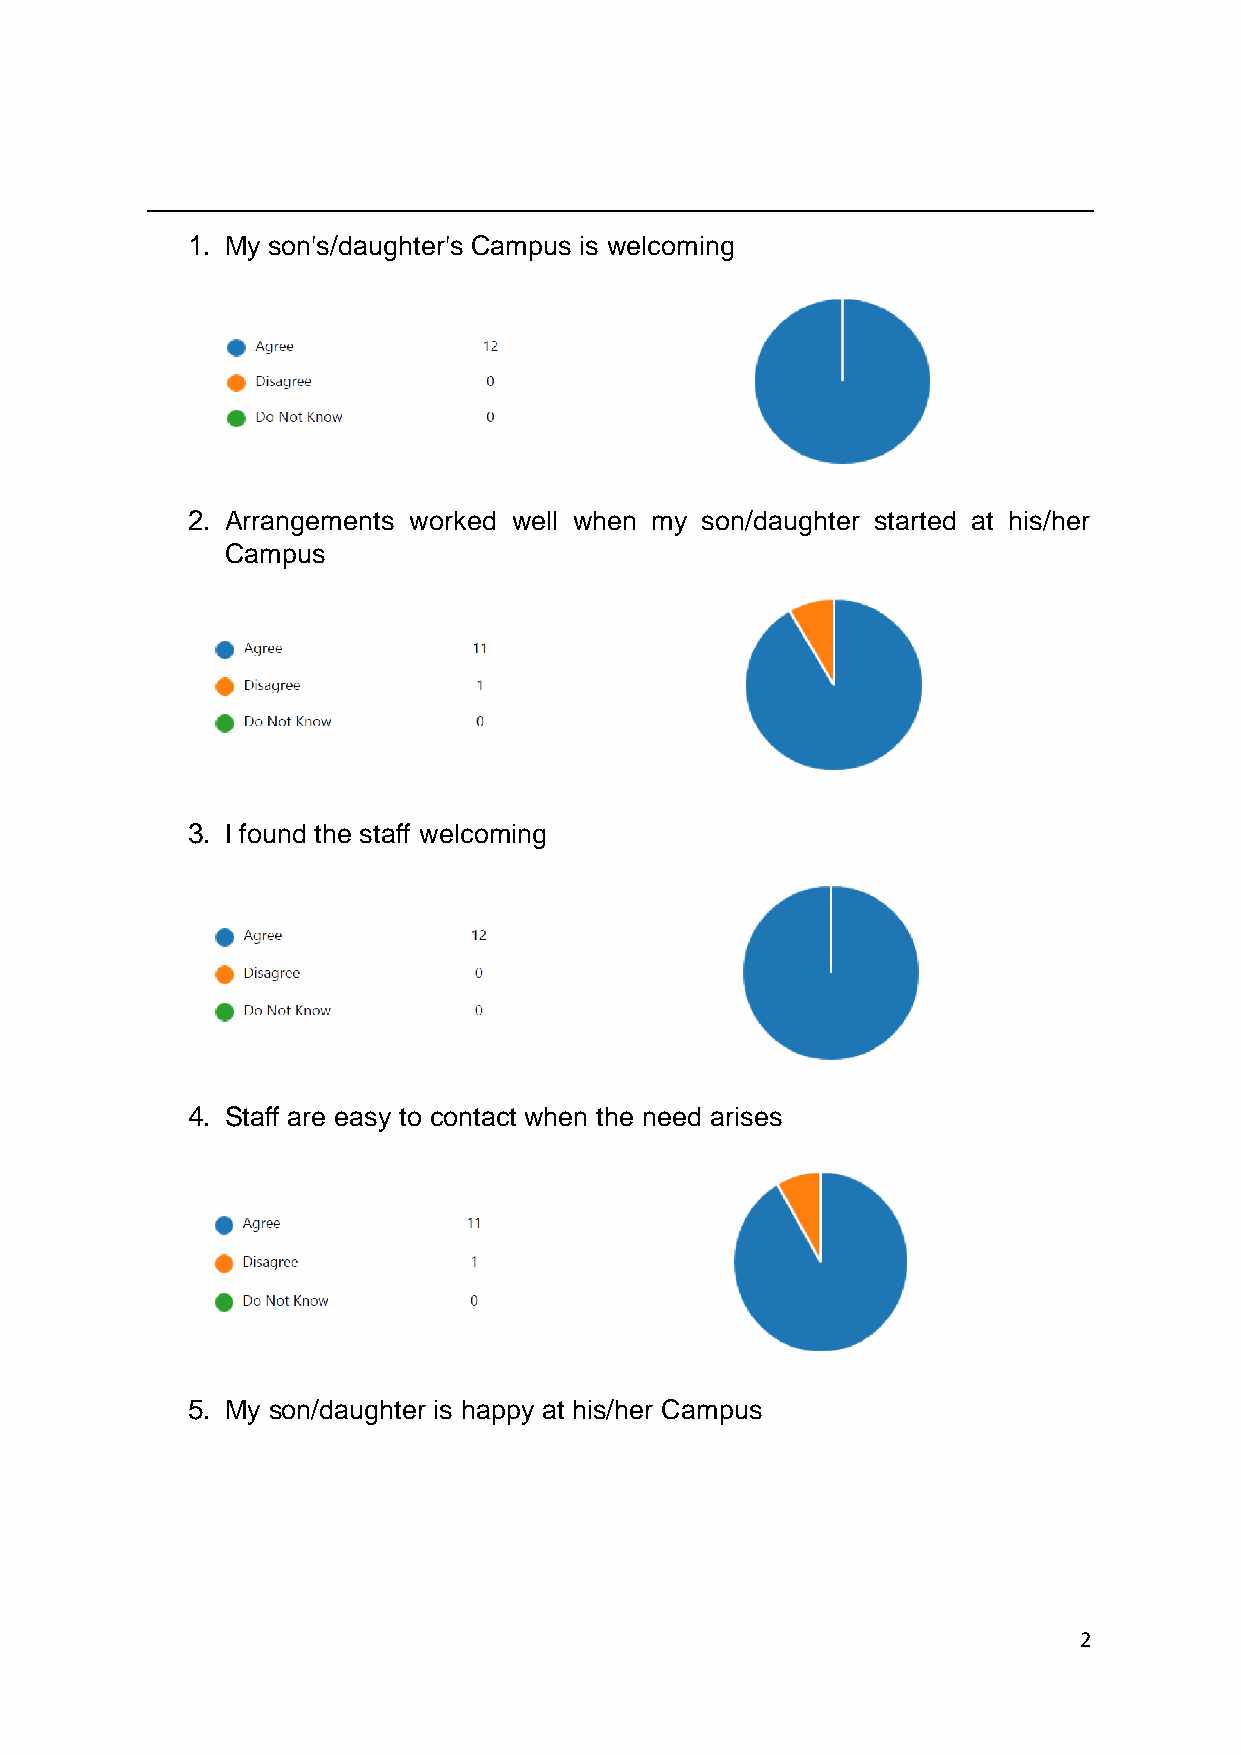
1. My son's/daughter's Campus is welcoming
 2. Arrangements worked well when my son/daughter started at his/her
 Campus
 3. I found the staff welcoming
 4. Staff are easy to contact when the need arises
 5. My son/daughter is happy at his/her Campus
 2